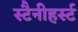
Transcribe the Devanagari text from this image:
स्टैनीहर्स्ट